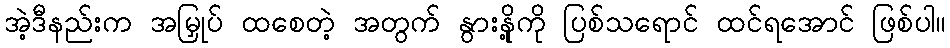
အဲ့ဒီနည်းက အမြှုပ် ထစေတဲ့ အတွက် နွားနို့ကို ပြစ်သရောင် ထင်ရအောင် ဖြစ်ပါ။